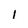
Character: I